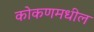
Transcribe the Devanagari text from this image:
कोकणमधील